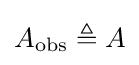
A_{\text{obs}}\triangleq A